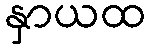
နှာယထ